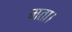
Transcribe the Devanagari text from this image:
मता।